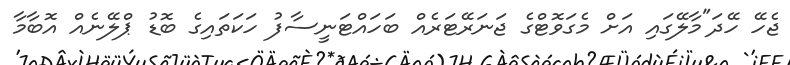
ޖެހޭ ހޭދަ"މާލޭގައި އަށް މެގަވޮޓްގެ ޖަނަރޭޓަރެއް ބަހައްޓަނީސާފު ހަކަތައިގެ ބޮޑު ޕްލޭނެއް އޮބާާމާ